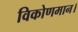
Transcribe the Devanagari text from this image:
विकोणमान।